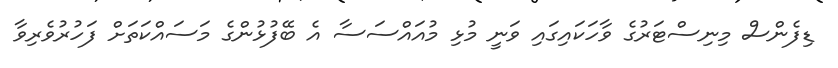
ޑިފެންސް މިނިސްޓަރުގެ ވާހަކައިގައި ވަނީ މުޅި މުއައްސަސާ އެ ބޭފުޅުންގެ މަސައްކަތަށް ފަހުރުވެރިވާ